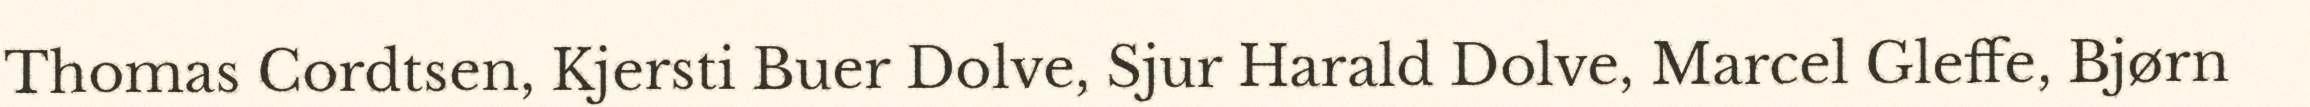
Thomas Cordtsen, Kjersti Buer Dolve, Sjur Harald Dolve, Marcel Gleffe, Bjørn